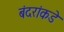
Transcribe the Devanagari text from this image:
बंदरांकडे